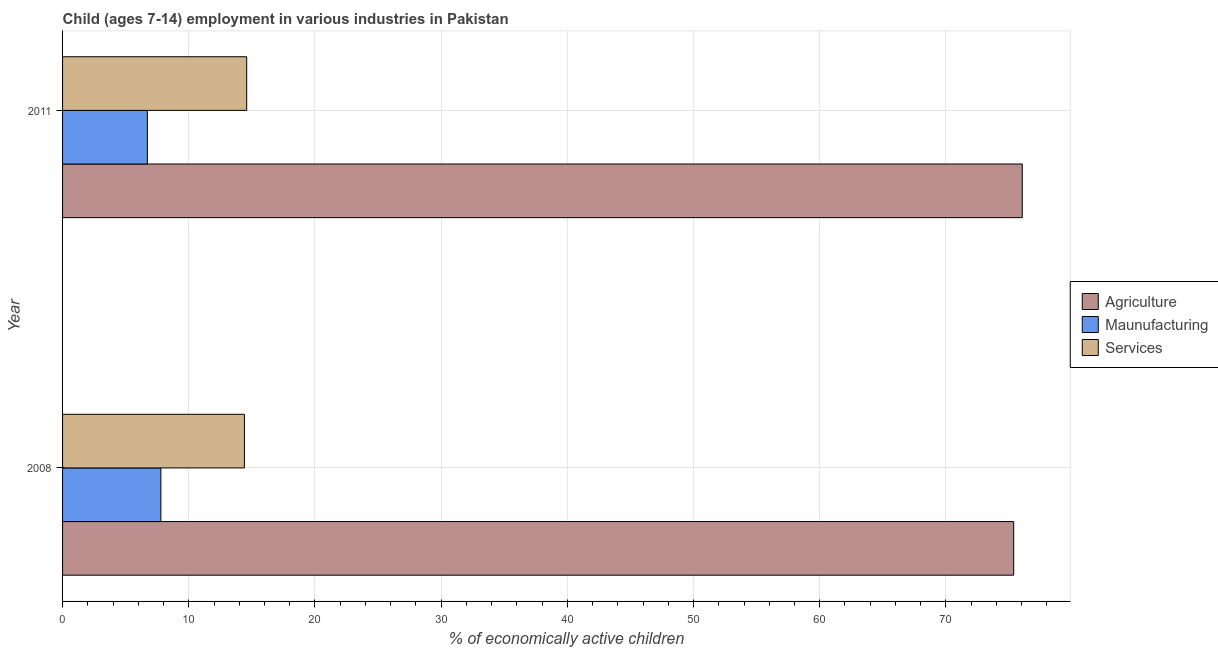
| Year | Agriculture | Maunufacturing | Services |
 | --- | --- | --- | --- |
 | 2008 | 75.4 | 7.79 | 14.4 |
 | 2011 | 76 | 6.72 | 14.6 |